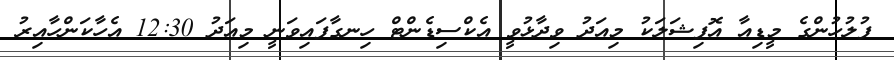
ފުލުހުންގެ މީޑިއާ އޮފިޝަލަކު މިއަދު ވިދާޅުވީ އެކްސިޑެންޓް ހިނގާފައިވަނީ މިއަދު 12:30 އެހާކަންހާއިރު